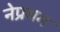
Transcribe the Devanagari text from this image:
नेप्रथम